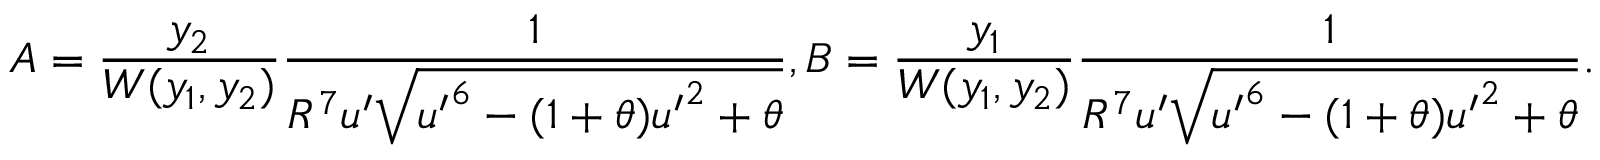
A = \frac { y _ { 2 } } { W ( y _ { 1 } , y _ { 2 } ) } \frac { 1 } { R ^ { 7 } u ^ { \prime } \sqrt { { u ^ { \prime } } ^ { 6 } - ( 1 + \theta ) { u ^ { \prime } } ^ { 2 } + \theta } } , B = \frac { y _ { 1 } } { W ( y _ { 1 } , y _ { 2 } ) } \frac { 1 } { R ^ { 7 } u ^ { \prime } \sqrt { { u ^ { \prime } } ^ { 6 } - ( 1 + \theta ) { u ^ { \prime } } ^ { 2 } + \theta } } .